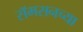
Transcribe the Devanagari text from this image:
सॅमसनच्या